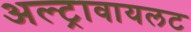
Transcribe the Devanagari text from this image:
अल्ट्रावायलट